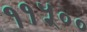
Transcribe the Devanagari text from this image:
११५००